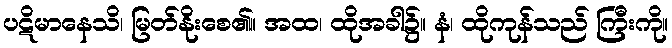
ပဋိမာနေသိ၊ မြတ်နိုးစေ၏။ အထ၊ ထိုအခါ၌။ နံ၊ ထိုကုန်သည် ကြီးကို။